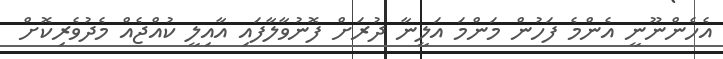
އެހެންނޫނީ އެންމެ ފަހުން މަންމަ އަލީނާ ދުރަށް ފޮނުވާލާފައި އާއިލީ ކުއްޖެއް މެދުވެރިކޮށް